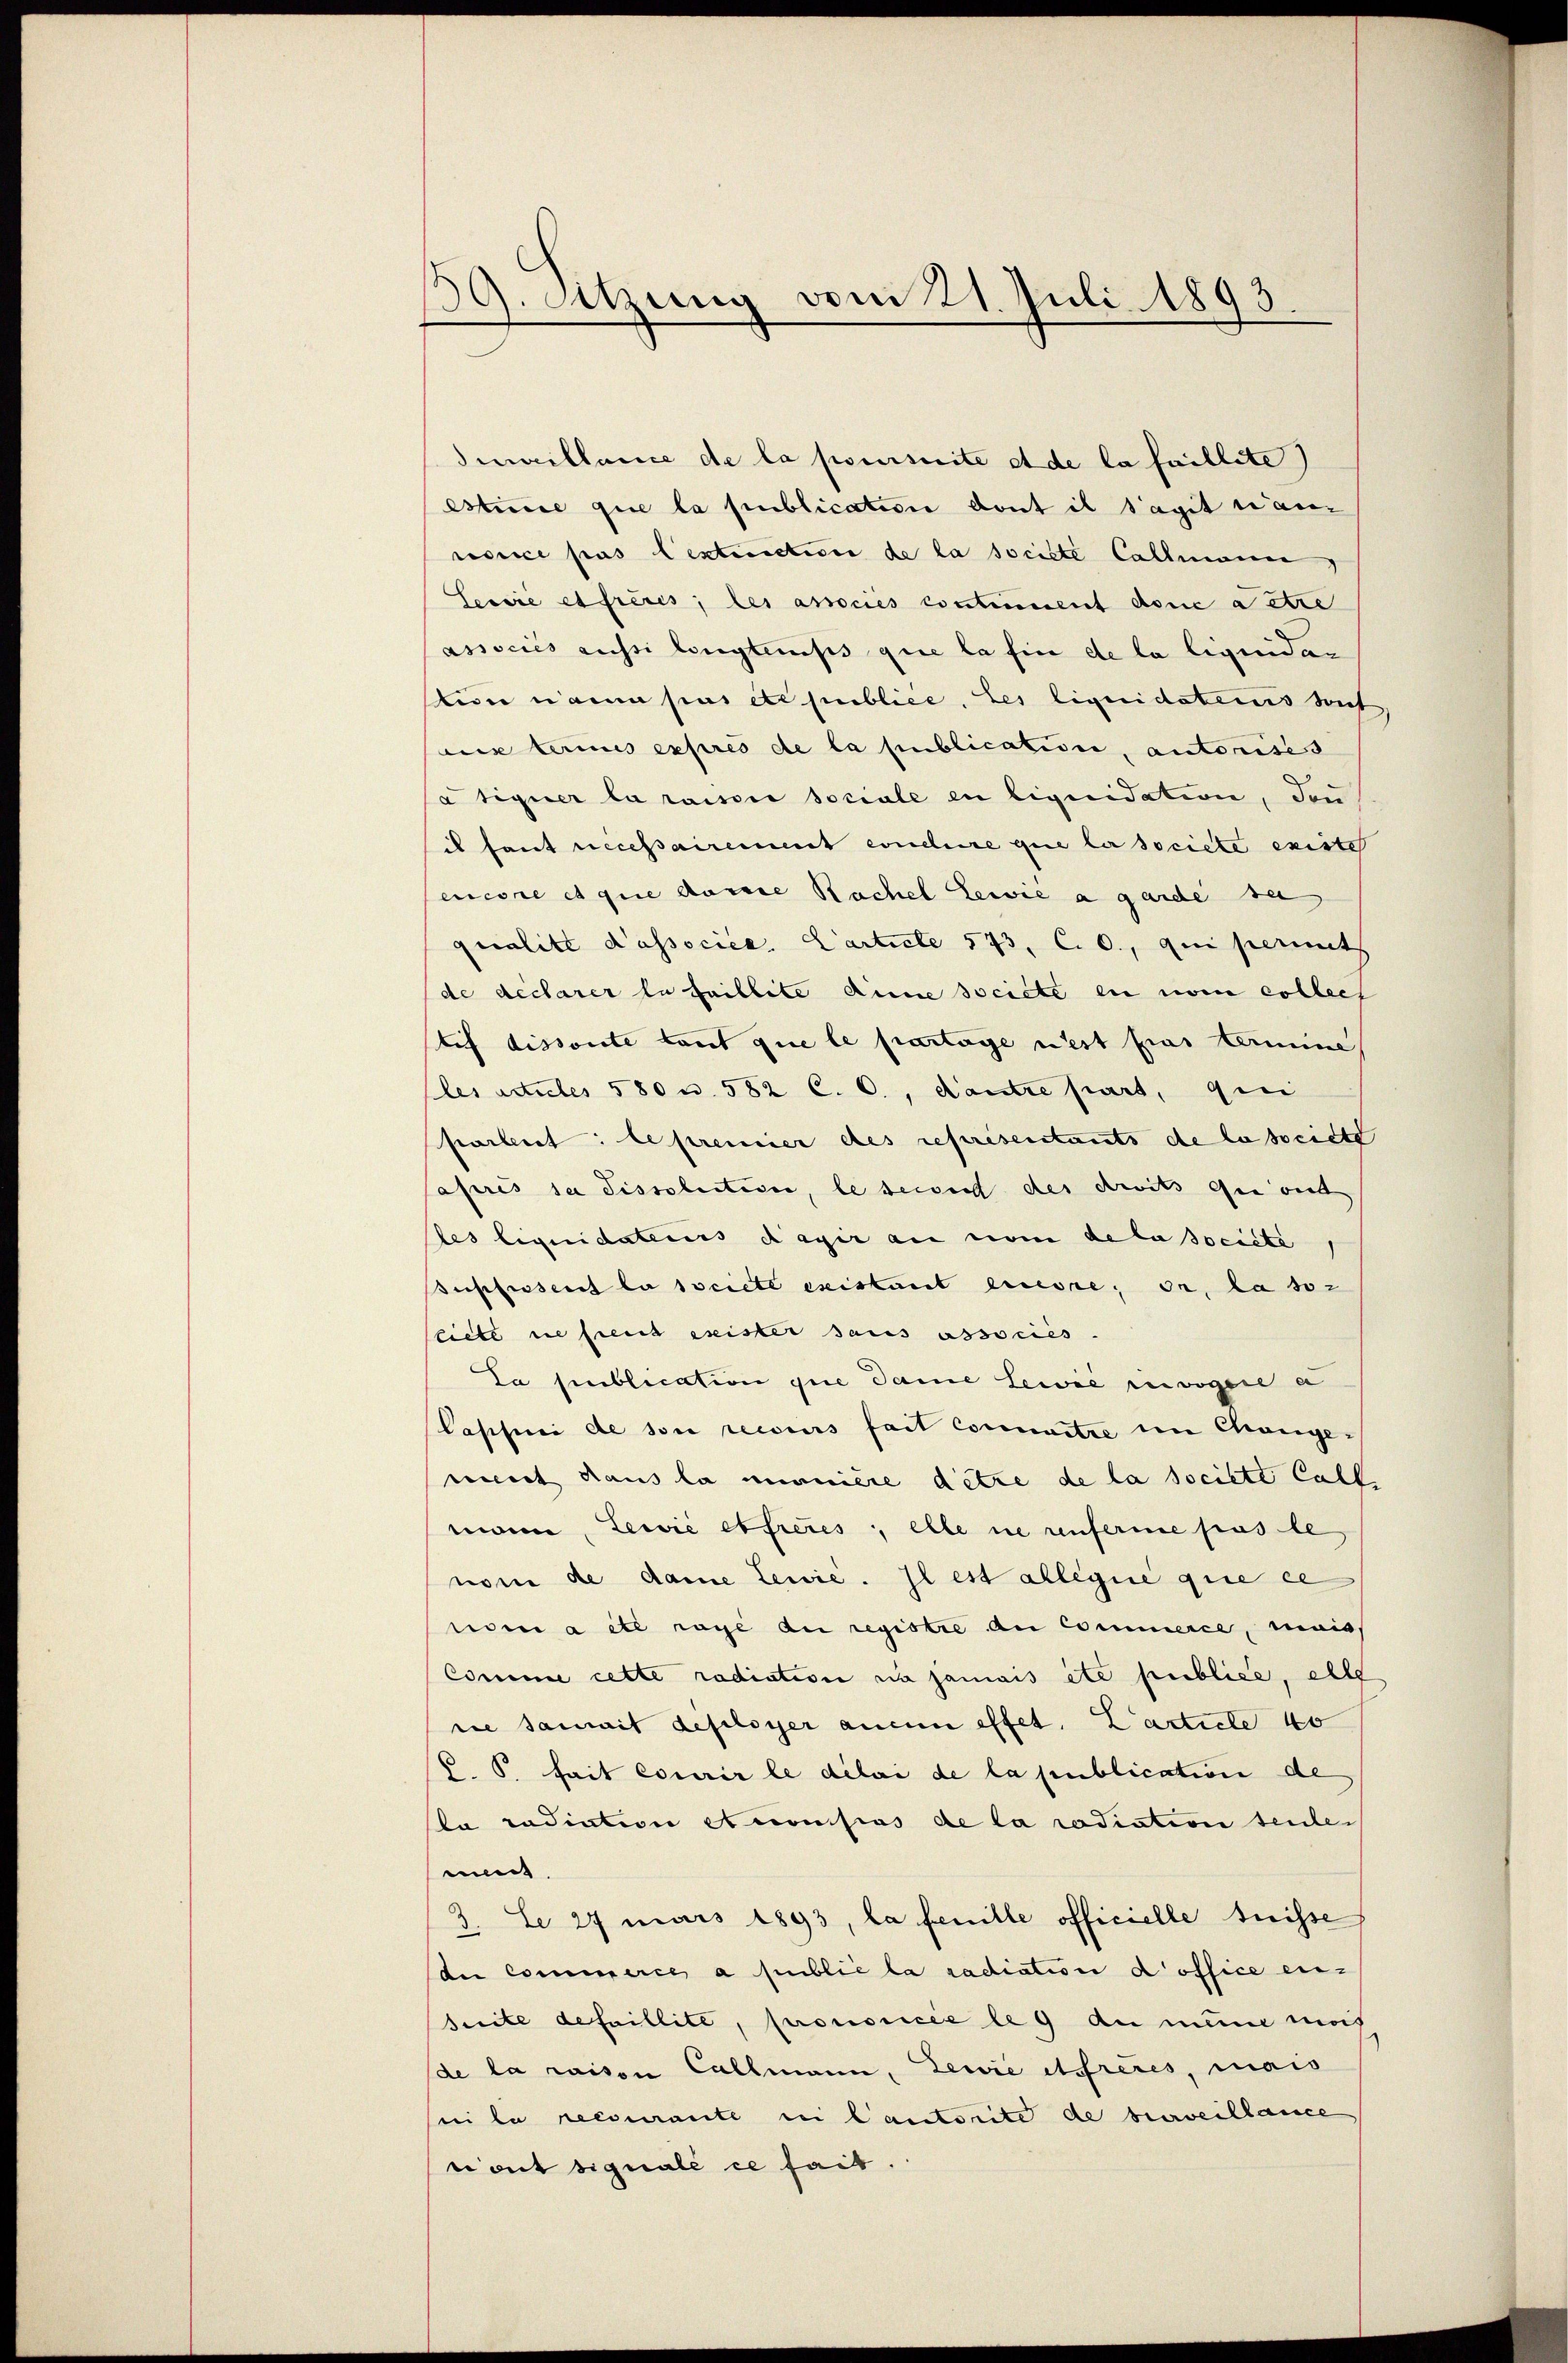
139. Sitzung vom 21. Juli 1893

dumillence de la poursuite et de la faillite)
Estice que la publication dont il s’agit tanz
vorce pas lextinction de la société Callmann,
Servie es frères; les associés contement donc aetre
associés aussi longtemps que la fin de la liquidar
ein nam pas etc publice, les liquidatens weit
nie berines expres de la publication, autorises
a tiquer la raisie sociale in liquidation, den
il fant necessairement conclure que la societe existe
sencore et que deine Rachel Lewie a garde se
qualite Passocica Carticle 573, C. 0., qui perint
de declarer la faillite deine societe en vom Collech
tif dissoute tout que le partage nest pas limin
ples actueles 580 u. 582 C. c., dautre part, qui
partenst: le premier des représentants de la societe
après sa dissolution, le seien des droits qui ont
des liquidateris dagir au nom de la societa
suppresent la societe existant einese, on, la so-
licte nie freut exister sans associés.
La publication que dame Lewie envogere a
Passuri de sie recours fait connaitre im Change-
nicirt Haus la manière detre de la societe Calbi
mann, Lewić etfreres, elle ne renferme pas le
nom de dame Lewie. Il est allegie que ce
noma etc rage du registre an Commerce, mais
Comme cette radiation zu jamais etc publice, elle
rie damit defloyer aucun effet. Larticle 40
P. P. fait courir le délai de la publication de
da radiation et consius de la radiation seule.
emt
3. Le 27 mars 1893, la feuille officielle trisse
die Commerce a publié la radiation d’office en¬
Suite defaillite, prononcée le 9 an mine noch
de la raison Callmann, Lewie itsfreies, mais
sei la recourante si l’autorite de surveillance
c mit signale ce fait.